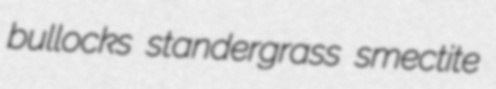
bullocks standergrass smectite